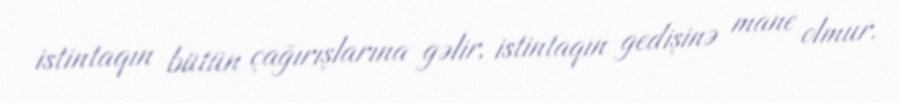
istintaqın bütün çağırışlarına gəlir, istintaqın gedişinə mane olmur.